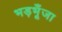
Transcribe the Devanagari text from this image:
भड़भूँजा